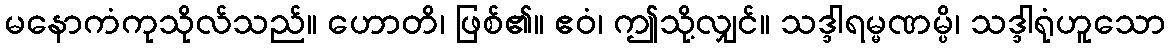
မနောကံကုသိုလ်သည်။ ဟောတိ၊ ဖြစ်၏။ ဧဝံ၊ ဤသို့လျှင်။ သဒ္ဒါရမ္မဏမ္ပိ၊ သဒ္ဒါရုံဟူသော